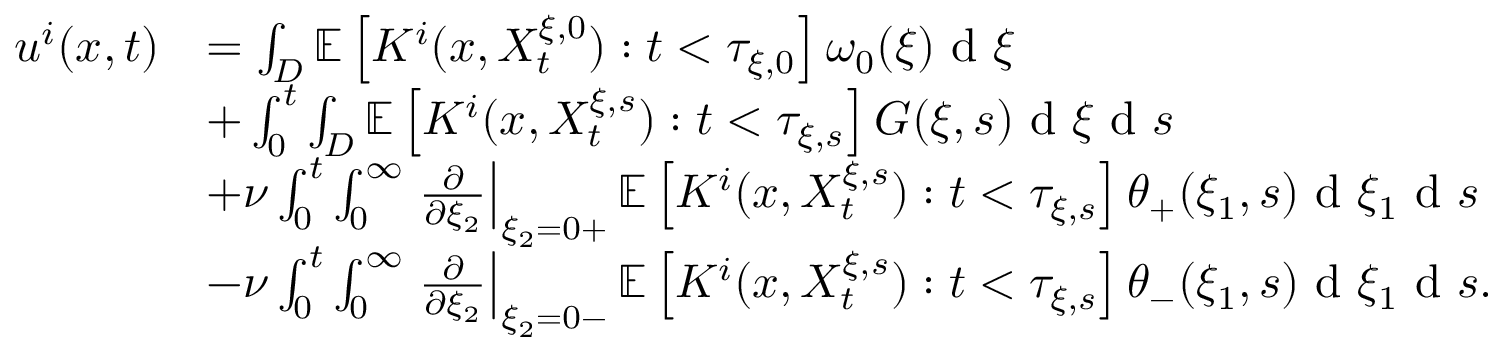
\begin{array} { r l } { u ^ { i } ( x , t ) } & { = \int _ { D } \mathbb { E } \left[ K ^ { i } ( x , X _ { t } ^ { \xi , 0 } ) : t < \tau _ { \xi , 0 } \right] \omega _ { 0 } ( \xi ) \textrm { d } \xi } \\ & { + \int _ { 0 } ^ { t } \int _ { D } \mathbb { E } \left[ K ^ { i } ( x , X _ { t } ^ { \xi , s } ) : t < \tau _ { \xi , s } \right] G ( \xi , s ) \textrm { d } \xi \textrm { d } s } \\ & { + \nu \int _ { 0 } ^ { t } \int _ { 0 } ^ { \infty } \left. \frac { \partial } { \partial \xi _ { 2 } } \right| _ { \xi _ { 2 } = 0 + } \mathbb { E } \left[ K ^ { i } ( x , X _ { t } ^ { \xi , s } ) : t < \tau _ { \xi , s } \right] \theta _ { + } ( \xi _ { 1 } , s ) \textrm { d } \xi _ { 1 } \textrm { d } s } \\ & { - \nu \int _ { 0 } ^ { t } \int _ { 0 } ^ { \infty } \left. \frac { \partial } { \partial \xi _ { 2 } } \right| _ { \xi _ { 2 } = 0 - } \mathbb { E } \left[ K ^ { i } ( x , X _ { t } ^ { \xi , s } ) : t < \tau _ { \xi , s } \right] \theta _ { - } ( \xi _ { 1 } , s ) \textrm { d } \xi _ { 1 } \textrm { d } s . } \end{array}